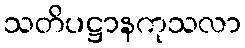
သတိပဋ္ဌာနကုသလာ